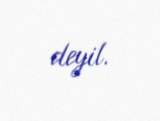
deyil.